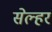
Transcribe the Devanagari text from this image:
सेल्हर